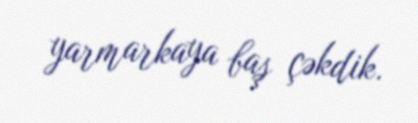
yarmarkaya baş çəkdik.